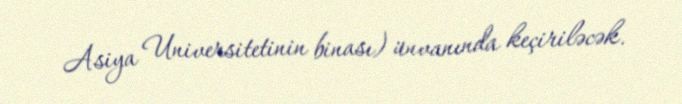
Asiya Universitetinin binası) ünvanında keçiriləcək.